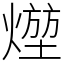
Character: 𤍣